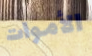
الأموات